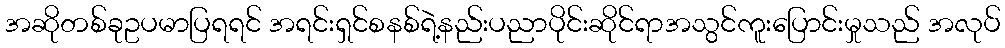
အဆိုတစ်ခုဥပမာပြရရင် အရင်းရှင်စနစ်ရဲ့နည်းပညာပိုင်းဆိုင်ရာအသွင်ကူးပြောင်းမှုသည် အလုပ်